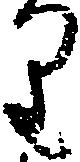
り